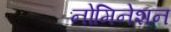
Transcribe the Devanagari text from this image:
नोमिनेशन